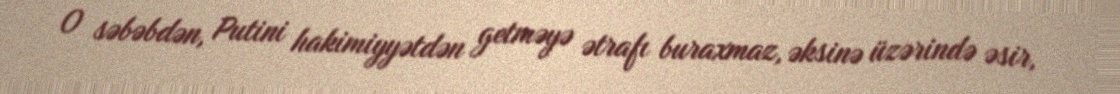
O səbəbdən, Putini hakimiyyətdən getməyə ətrafı buraxmaz, əksinə üzərində əsir,